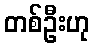
တစ်ဦးဟု